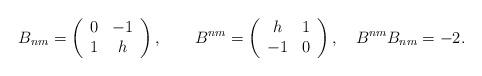
LaTeX: \begin{align*}B_{nm}=\left(\begin{array}{cc}0 & -1 \\1 & h\end{array}\right) ,\qquad B^{nm}=\left( \begin{array}{cc}h & 1 \\ -1 & 0\end{array}\right) ,\quad B^{nm}B_{nm}=-2 .\end{align*}